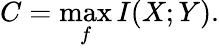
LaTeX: C=\operatorname*{max}_{f}I(X;Y).